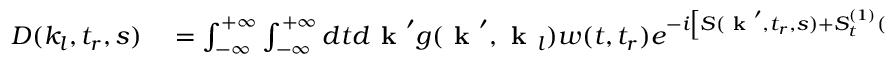
\begin{array} { r l } { D ( k _ { l } , t _ { r } , s ) } & { { } = \int _ { - \infty } ^ { + \infty } \int _ { - \infty } ^ { + \infty } d t d \textbf { k } ^ { \prime } g ( \textbf { k } ^ { \prime } , \textbf { k } _ { l } ) w ( t , t _ { r } ) e ^ { - i \left[ S ( \textbf { k } ^ { \prime } , t _ { r } , s ) + S _ { t } ^ { ( 1 ) } ( \textbf { k } ^ { \prime } , t _ { r } , s ) ( t - t _ { r } ) \right] } R ( \textbf { k } ^ { \prime } , t , s ) , } \end{array}